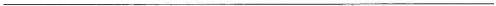
___